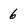
Character: 6